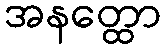
အနတ္ထော